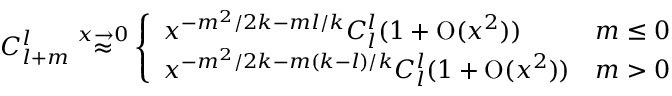
C _ { l + m } ^ { l } \stackrel { x \rightarrow 0 } { \approx } \left\{ \begin{array} { l c } { { x ^ { - m ^ { 2 } / 2 k - m l / k } C _ { l } ^ { l } ( 1 + \mathrm { O } ( x ^ { 2 } ) ) } } & { { m \leq 0 } } \\ { { x ^ { - m ^ { 2 } / 2 k - m ( k - l ) / k } C _ { l } ^ { l } ( 1 + \mathrm { O } ( x ^ { 2 } ) ) } } & { { m > 0 } } \end{array} \right.